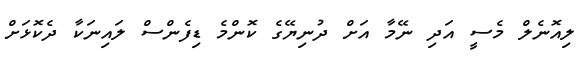
ލިއޮނެލް މެސީ އަދި ނޭމާ އަށް ދުނިޔޭގެ ކޮންމެ ޑިފެންސް ލައިނަކާ ދެކޮޅަށް